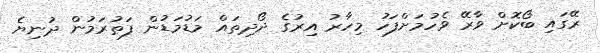
ރޭގައި ބޯކޮށް ވާރޭ ވެހުމަށްފަހު މިހާރު އިރުގެ ދޯދިތައް މަޑުމަޑުން ފަތުރަމުން ދުނިޔެ